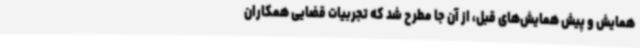
همایش و پیش همایش‌های قبل، از آن جا مطرح شد که تجربیات قضایی همکاران